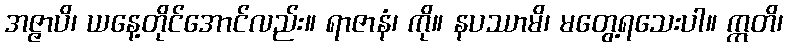
အဇ္ဇာပိ၊ ယနေ့တိုင်အောင်လည်း။ ရာဇာနံ၊ ကို။ နပဿာမိ၊ မတွေ့ရသေးပါ။ ဣတိ၊